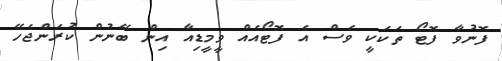
ފޮނުވާ ފޮޓޯ ތަކަކީ ވެސް އެ ފޮޓޯއެއް ވީމީޑިއާ އިން ބޭނުން ކުރަންޖެހޭ